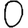
Digit: 0